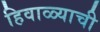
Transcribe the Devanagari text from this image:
हिवाळ्याची